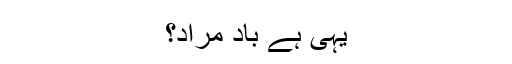
یہی ہے باد مراد؟